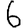
Digit: 6